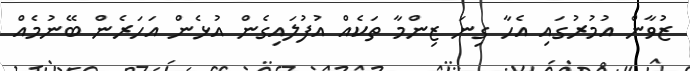
ޒުވާން އުމުރުގައި އެހާ ގިނަ ޒިންމާ ތަކެއް އުފުލައިގެން އުޅެން އަހަރެން ބޭނުމެއް